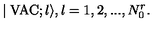
\mid \mathrm { V A C } ; l \rangle , l = 1 , 2 , . . . , N _ { 0 } ^ { r } .